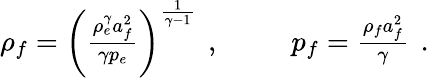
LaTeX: \begin{array}{rlr}{{\rho_{f}=\left(\frac{\rho_{e}^{\gamma}a_{f}^{2}}{\gamma p_{e}}\right)^{\frac{1}{\gamma-1}}\, \mathrm{~,~}}}&{{}\ }&{{p_{f}=\frac{\rho_{f}a_{f}^{2}}{\gamma}\, \mathrm{~.~}}}\end{array}